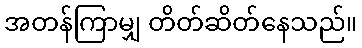
အတန်ကြာမျှ တိတ်ဆိတ်နေသည်။